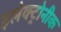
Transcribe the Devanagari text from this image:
इलेक्ट्रोनीक